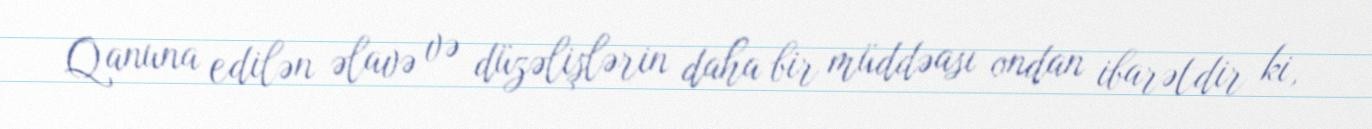
Qanuna edilən əlavə və düzəlişlərin daha bir müddəası ondan ibarətdir ki,